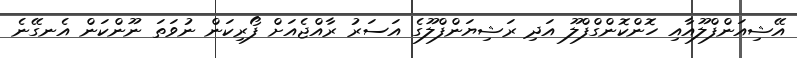
އޭޝިއަންފްލޫއާއި ހޮންކޮންގްފްލޫ އަދި ރަޝިޔަންފްލޫގެ އަސަރު ރާއްޖެއަށް ފޯރިކަން ނުވަތަ ނޫންކަން އެނގޭނެ